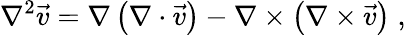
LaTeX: \nabla^{2}\vec{v}=\nabla\left(\nabla\cdot\vec{v}\right)-\nabla\times\left(\nabla\times\vec{v}\right)\; ,